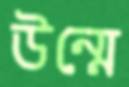
উন্মে